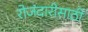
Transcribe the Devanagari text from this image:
रोजंदारीसाठी